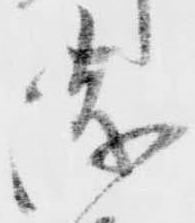
浅